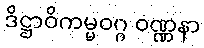
ဒိဋ္ဌာဝိကမ္မဝဂ္ဂ ဝဏ္ဏနာ